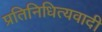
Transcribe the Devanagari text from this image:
प्रतिनिधित्यवादी